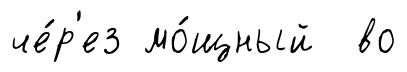
че́р'ез мо́щный во